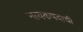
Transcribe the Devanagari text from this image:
नायकपदाची